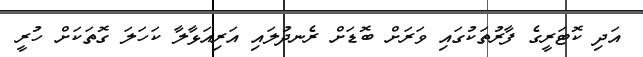
އަދި ކޮޓަރީގެ ފާރުތަކުގައި ވަރަށް ބޮޑަށް ރެނދުލައި އަރިއަޅާލާ ކަހަލަ ގޮތަކަށް ހުރީ